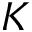
K